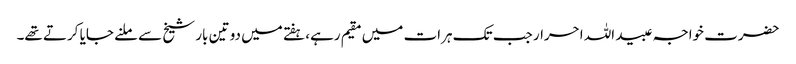
حضرت خواجہ عبید اللہ احرار جب تک ہرات میں مقیم رہے، ہفتے میں دو تین بار شیخ سے ملنے جایا کرتے تھے۔